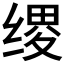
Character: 𫄯